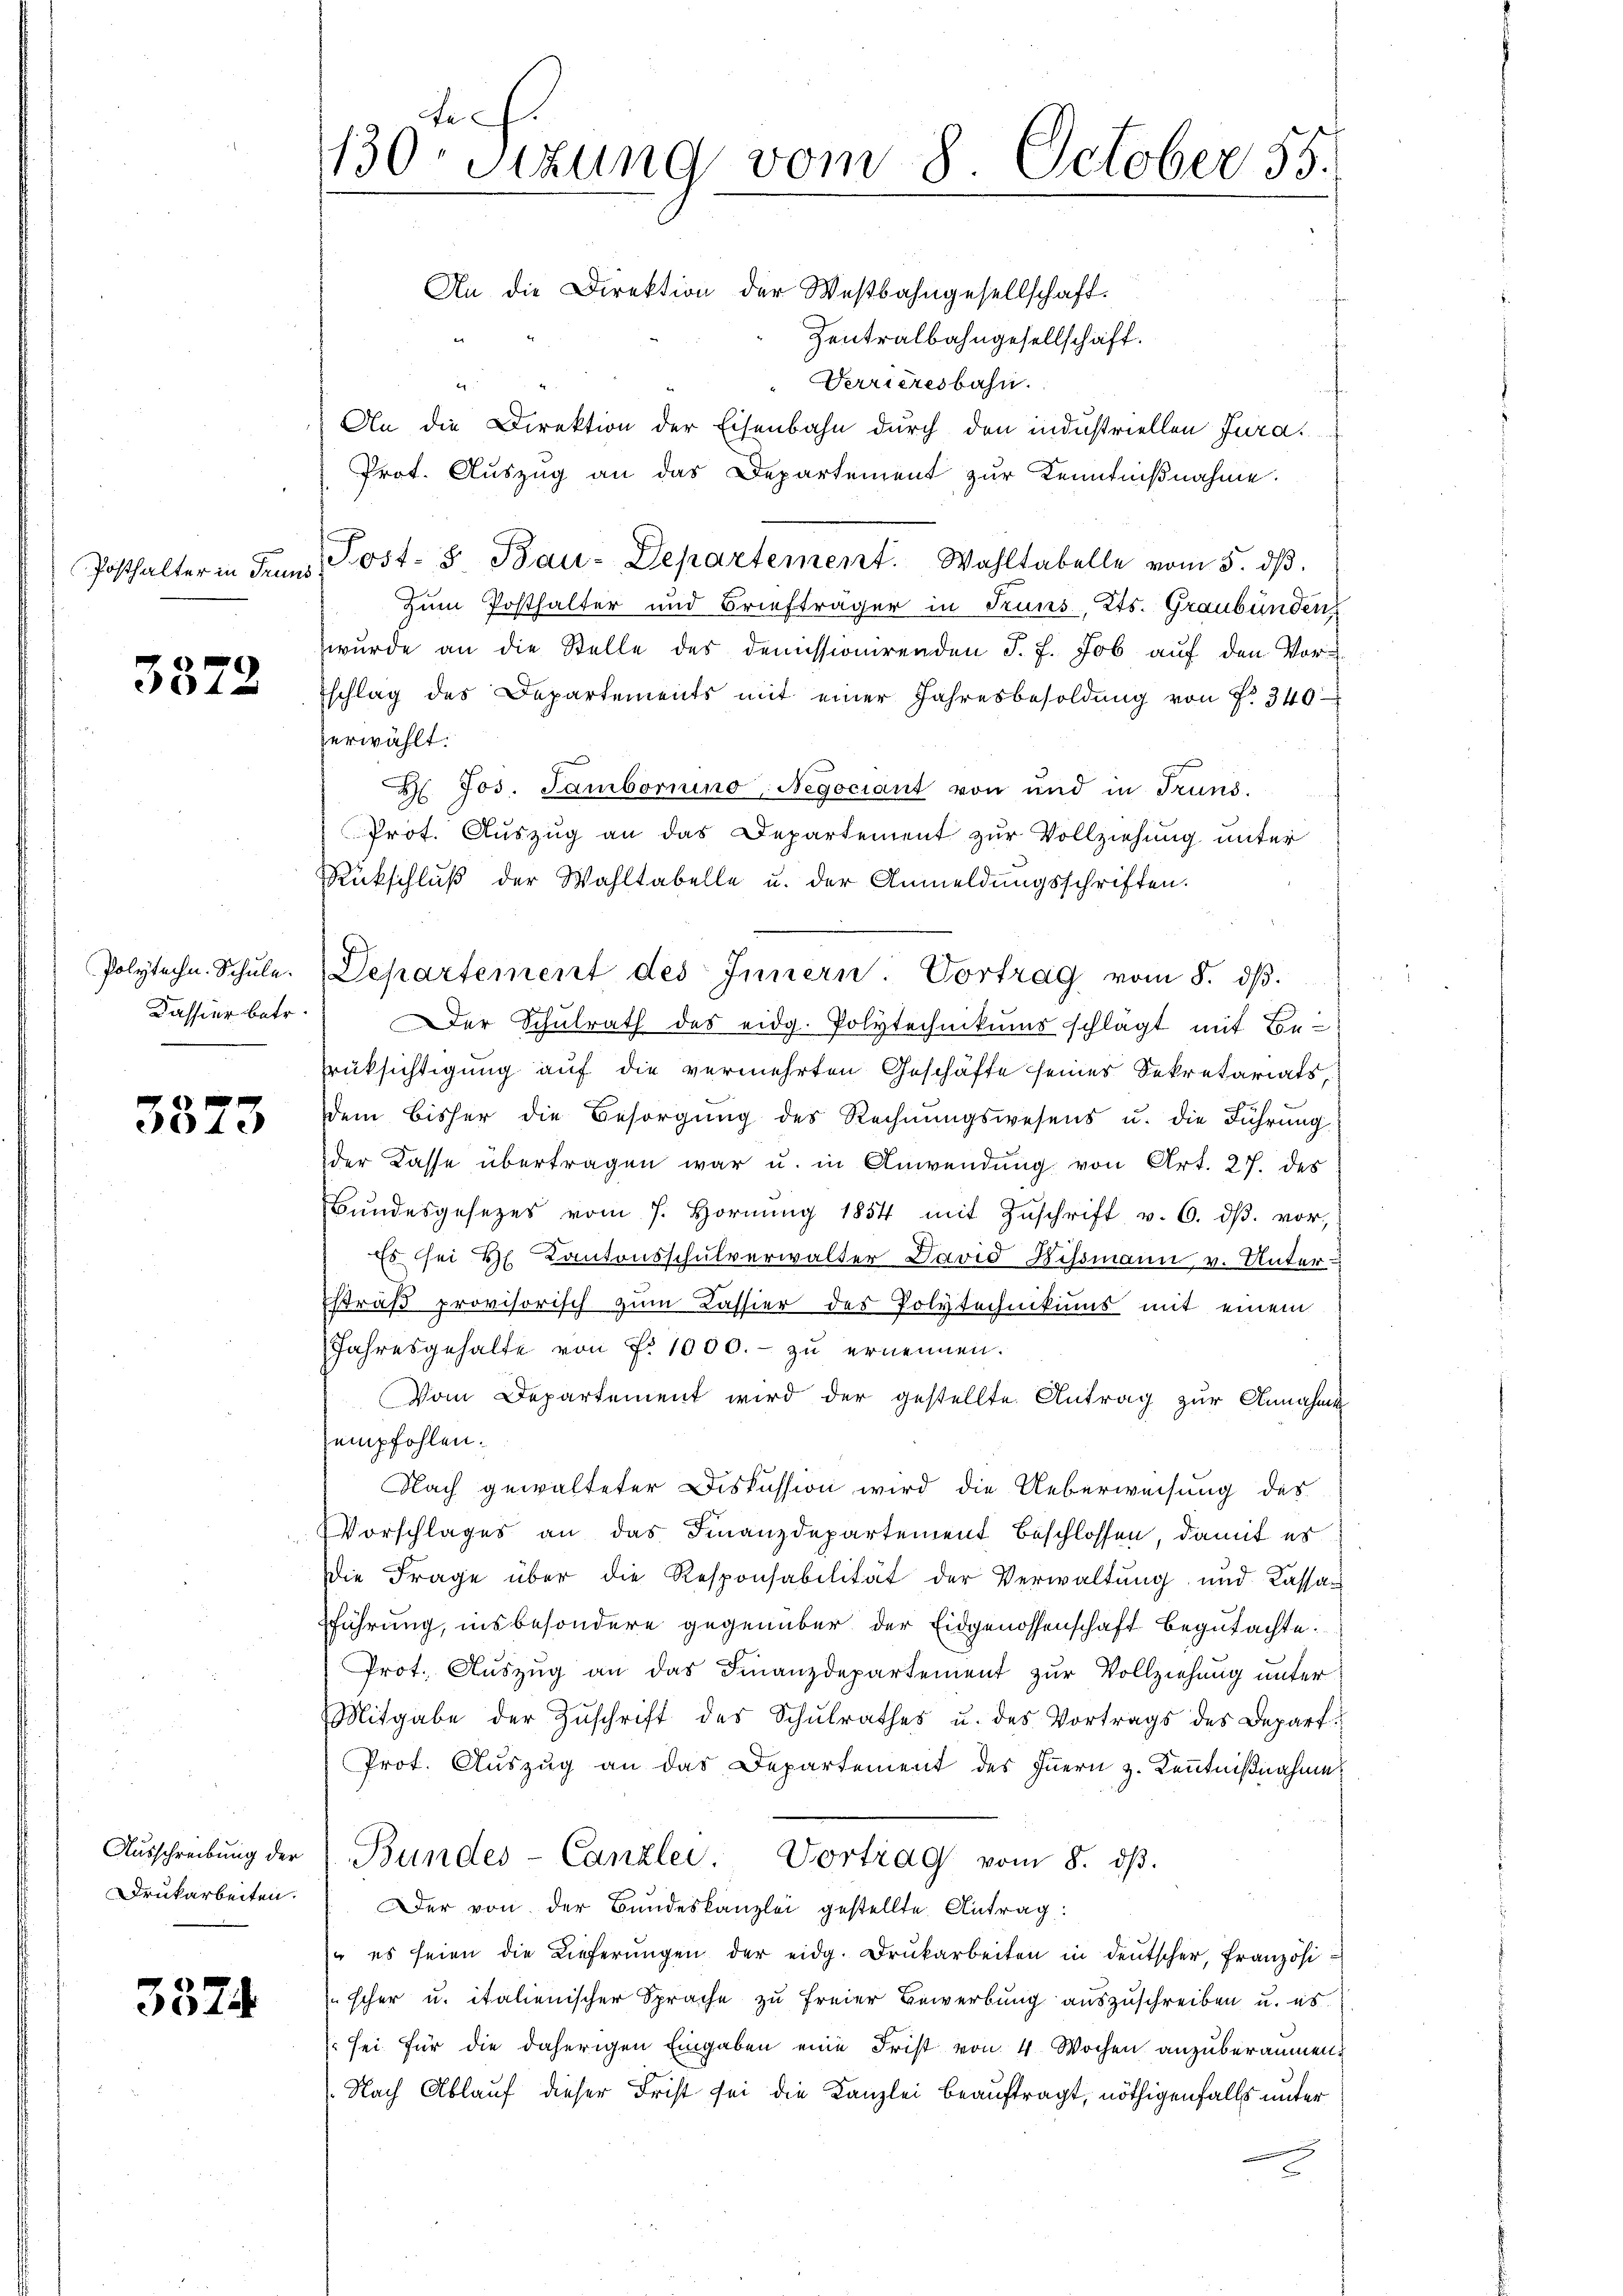
Posthalter in Trun

3372

Polytechn. Schule.
Kassier betr.

2
3073

Ausschreibung der
Drukarbeiten.

3374

130 Sizung vom 8. October 55.
An die Direktion der Westbahngesellschaft.

Zentralbahngesellschaft.
Verrieresbahn.
g
An die Direktion der Eisenbahn durch den industriellen Jura
Prot. Auszug an das Departement zur Kenntniβnahme.
Post- & Bau-Departement. Wahltabelle vom 5. dβ.
Zum Posthalter und Briefträger in Truns, Kts. Graubündenz
wurde an die Stelle des demissionirenden J. J. Job auf den Vorschlag des Departements mit einer Jahresbesoldŭng von f. 340
zerwählt:
H. Jos. Sambornino Negociant von und in Truns.
Prof. Auszug an das Departement zur Vollziehung unter
Rückschlŭβ der Wahltabelle u. der Anmeldŭngsschriften.
Der Schulrath des eidg. Polytechnikums schlägt mit Be-
rüksichtigung auf die vermehrten Geschäfte seines Sekretariats
dem bisher die Besorgŭng des Rechnŭngswesens u. die Führung
der Kasse übertragen war u. in Anwendung von Art. 27. des
Bŭndesgesetzes vom 7. Hornŭng 1854 mit Zŭschrift v. 6. dβ. vor,
Es sei H. Kantonsschulverwalter David Bissmann v. Unter-
Estraß provisorisch zum Kassier des Polytechnikums mit einem
Jahresgehalte von Nr. 1000.- zu ernennen.
Vom Departement wird der gestellte Antrag zur Annahme
empfohlen.
Nach gewalteter Diskussion wird die Ueberweisung des
Vorschlages an das Finanzdepartement beschlossen, damit es
Die Frage über die Responsabilität der Verwaltung und Cassat
führung, insbesondere gegenüber der Eidgenossenschaft begutachte.
Prot. Auszug an das Finanzdepartement zur Vollziehung unter
Mitgabe der Zŭschrift des Schŭlrathes u. des Vortrags des Depart
Prot. Auszug an das Departement des Innern z. Kenntnißnahme
Bundes-Canzlei. Vortrag vom 8. dβ.
Der von der Bundeskanzlei gestellte Antrag:
 es seien die Lieferŭngen der eidg. Drukarbeiten in deutscher, Französi¬
Escher u. italienischer Sprache zu freier Bewerbung auszuschreiben u. es
sei für die daherigen Eingaben eine Frist von 4 Wochen anzuberäumen.
Nach Ablauf dieser Frist sei die Kanzlei beauftragt, nöthigenfalls unter

Departement des Innern. Vortrag vom 8. dβ.